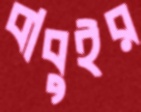
বাবুইর